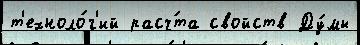
т'ехноло́г'ий расч́та свойств Ду́мы